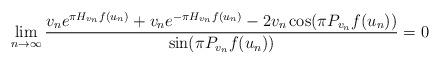
LaTeX: \begin{align*}\lim_{n\rightarrow\infty}\frac{v_n e^{\pi H_{v_n}f(u_n)}+v_n e^{-\pi H_{v_n}f(u_n)}-2v_n\cos(\pi P_{v_n}f(u_n))}{\sin(\pi P_{v_n} f(u_n))}=0\end{align*}